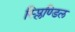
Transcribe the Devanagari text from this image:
स्प्लिण्डिल